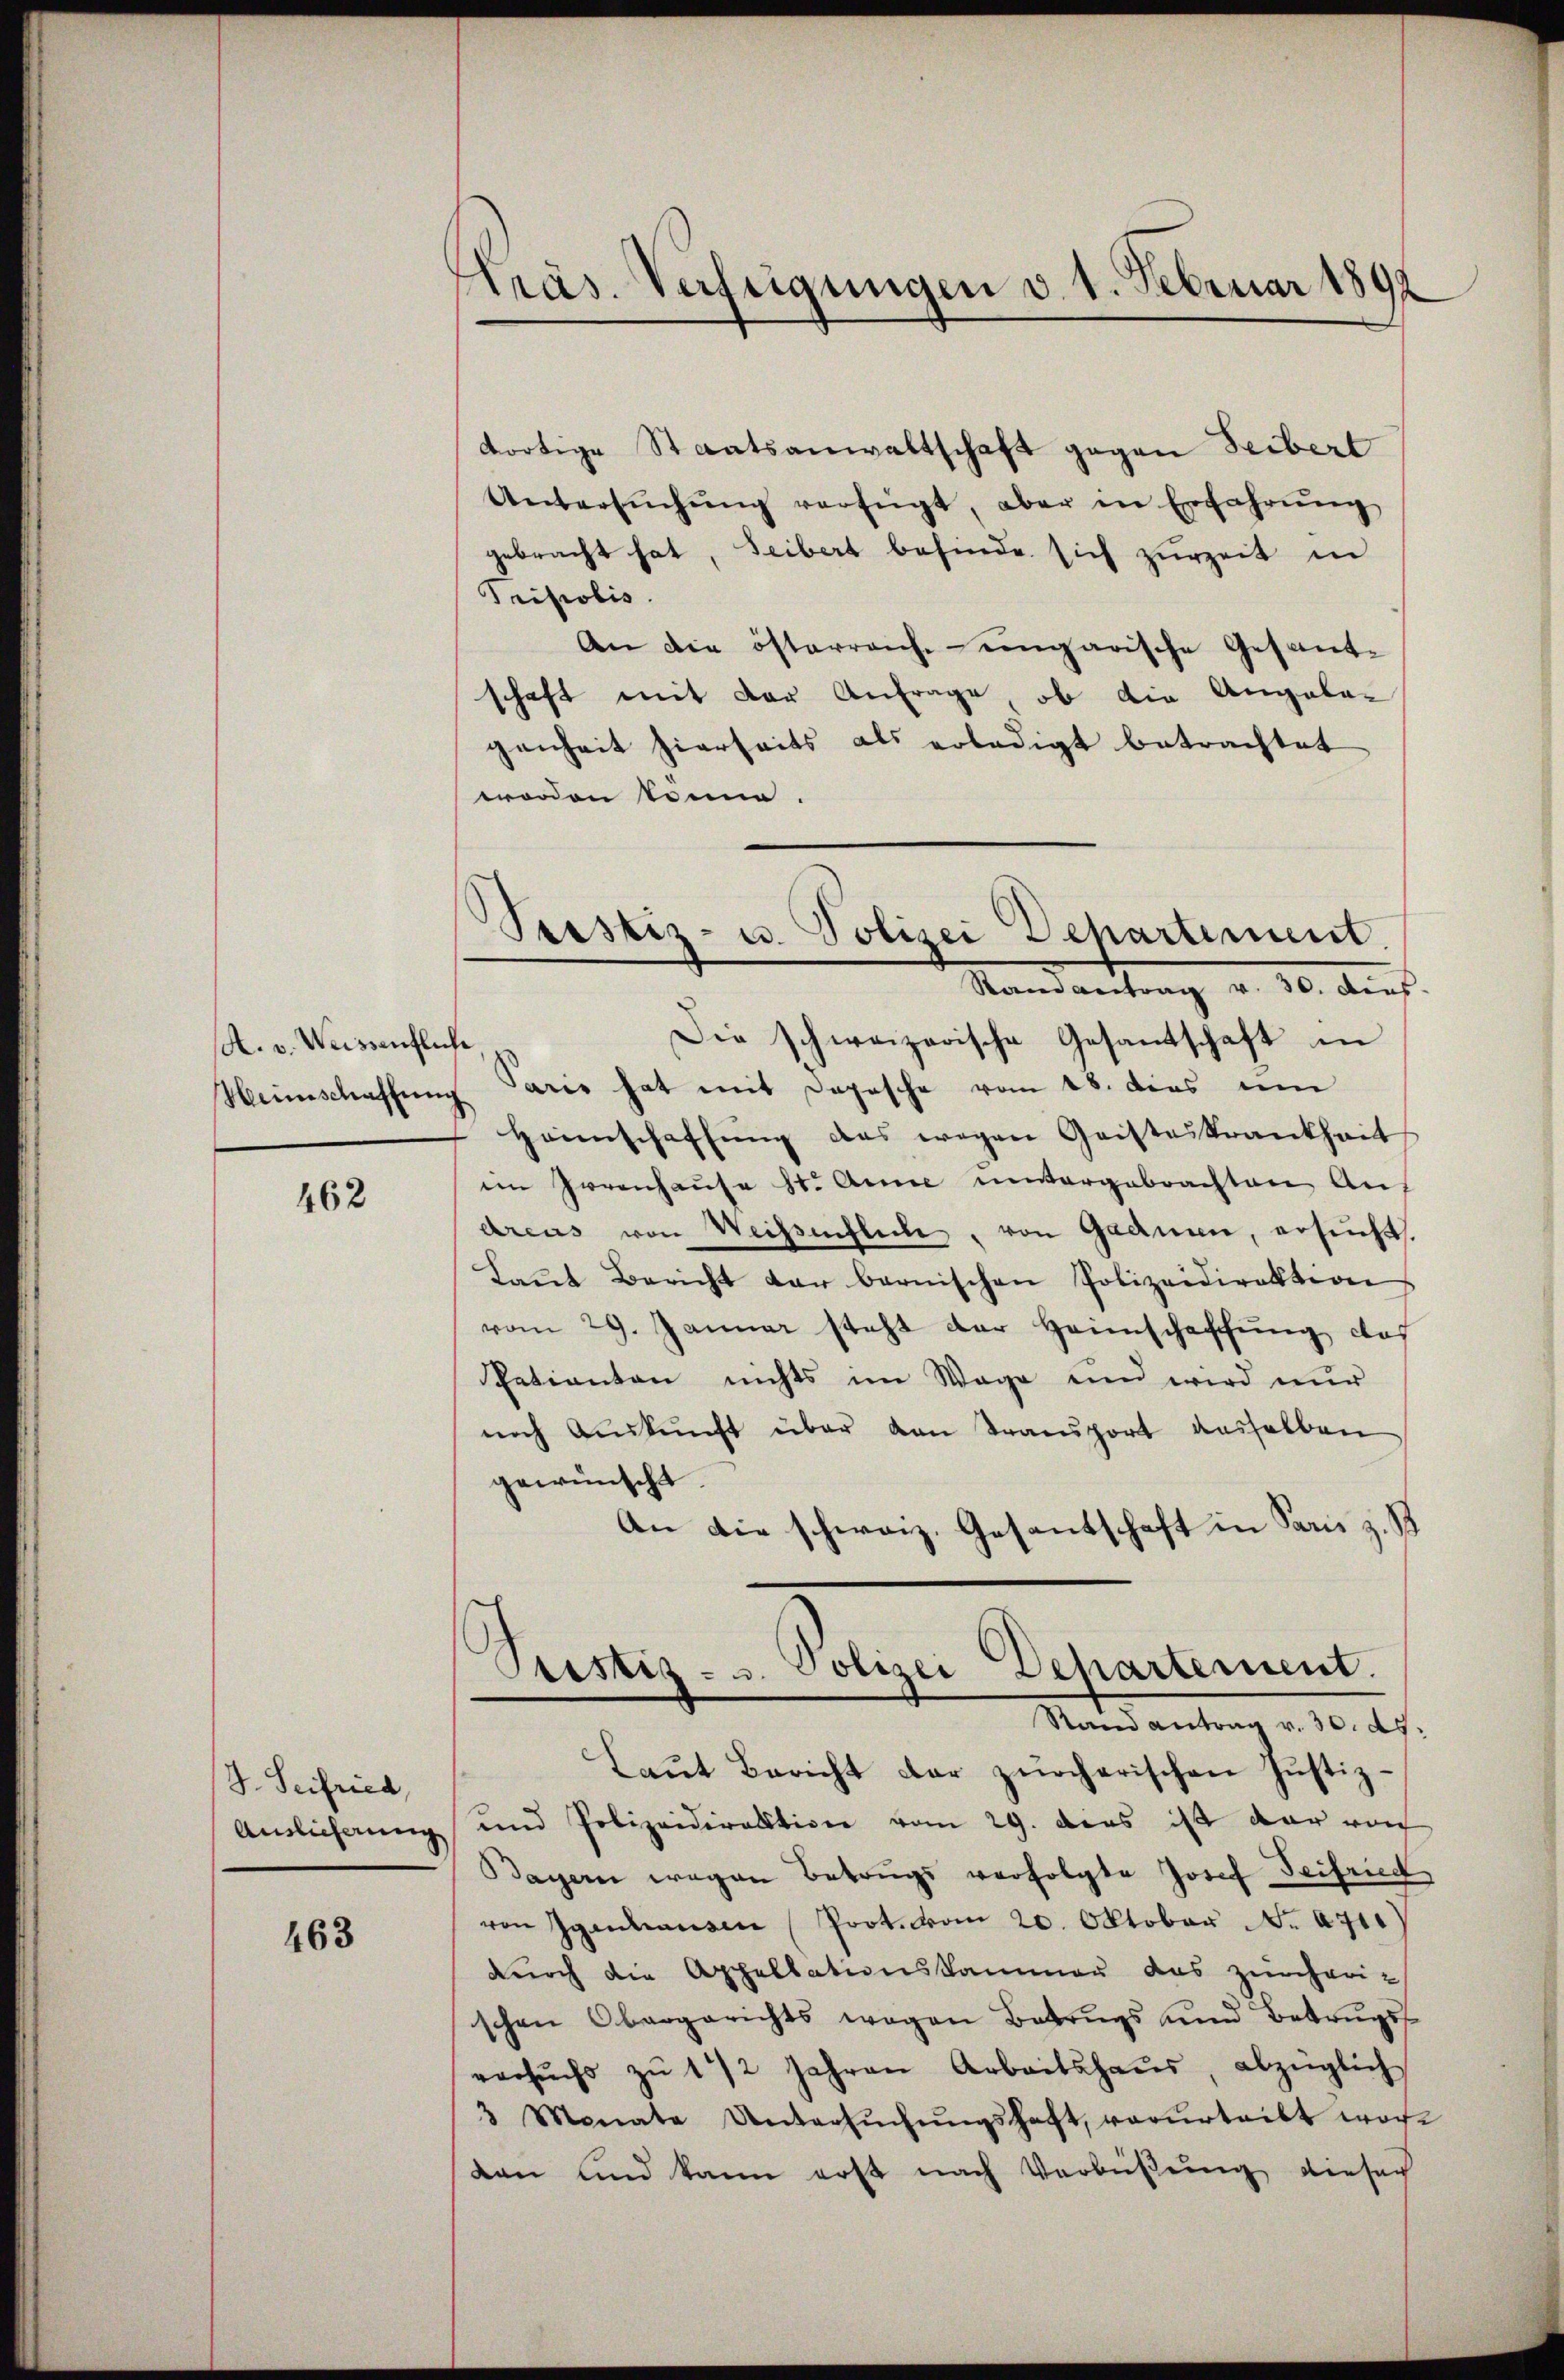
A. v. Weissenflich

462

J. Seifried
Auslieferung

463

Kräs. Verfügungen v. 1. Februar 1892

dortige Staatsanwaltschaft gegen Leibert
Untersŭchŭng verfügt, aber in Erfahrŭng
gebracht hat, Leibert befinde sich zurzeit in
Pripolis
An die österreich eingarische Gesandschaft mit der Anfrage, ob die Angela-
genheit hierseits als erledigt betrachtet
worden könne.
Die schweizerische Gesantschaft in
e
Weinschaffung Parer hat mit Depesche vom 18. dies im
Heimschaffŭng des wegen Geisteskrankheit
im Irrenhause St. Anne unvergebrachten Auf
Arens von Weisenfliche, von Gadnen, ersucht.
Laŭt Bericht der bernischen Polizeidirektion
vom 29. Januar steht der Heimschaffung des
Patienten nichts im Wage und wird nur
nach Aŭskŭnft über den Transport dasselben
gewünscht.
An die schweiz. Gesandschaft in Paris z. B.
Ptistiz- u. Polizei Departement.
Stand antrag v. 30. ds.
Laut Bericht der zürcherischen Justiz¬
und Polizeidirektion vom 29. dies ist dar von
Bayern wegen Betrugs verfolgte Josef Seifried
von Ggenhausen (Prot. vom 20. Oktober No. 471)
durch die Appellationskammer das zürcherischen Obergerichts wegen Betrŭgs und Betrugs
versŭchs zŭ 1/2 Jahren Arbeitshaŭs, abzüglich
3 Monate Untersŭchŭngshaft, vorurteilt wor-
den und kann erst nach Verbüßung dieserh

Seestiz- u. Polizei Departement.
Raisantrag v. 30. Dies